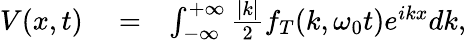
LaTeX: \begin{array}{rlr}{V(x,t)}&{{}=}&{\int_{-\infty}^{+\infty}\frac{|k|}{2}f_{T}(k,\omega_{0}t)e^{ikx}dk,}\end{array}